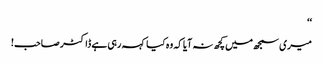
‘‘
میری سمجھ میں کچھ نہ آیا کہ وہ کیا کہہ رہی ہے ڈاکٹر صاحب!